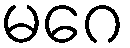
မဂေ